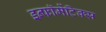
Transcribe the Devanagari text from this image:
इन्फॉर्मेटिक्स